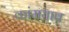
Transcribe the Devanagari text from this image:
कांमयाब